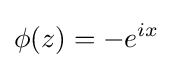
\phi (z)=-e^{ix}